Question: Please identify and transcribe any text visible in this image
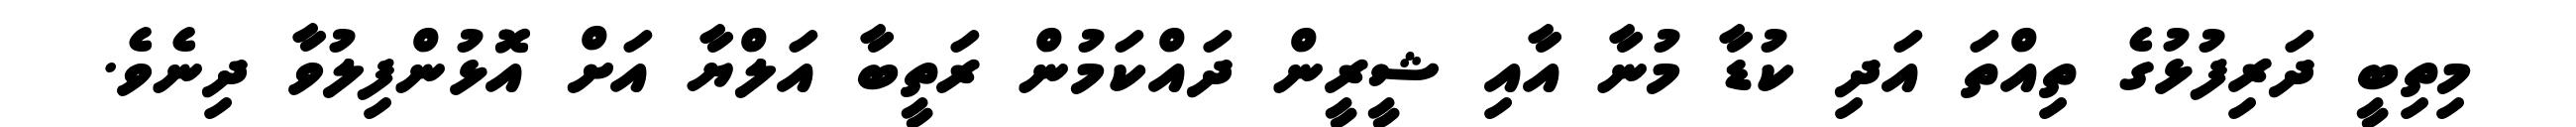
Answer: މިތިބީ ދަރިފުޅުގެ ތިއްތަ އަދި ކުޑާ މުނާ އާއި ޝީރީން ދައްކަމުން ރަތީބާ އަލްޔާ އަށް އޮޅުންފިލުވާ ދިނެވެ.